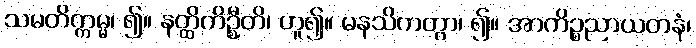
သမတိက္ကမ္မ၊ ၍။ နတ္ထိကိဦ္စတိ၊ ဟူ၍။ မနသိကတွာ၊ ၍။ အာကိဉ္စညာယတနံ၊